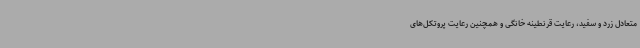
متعادل زرد و سفید، رعایت قرنطینه خانگی و همچنین رعایت پروتکل‌های